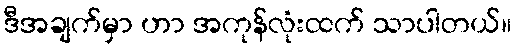
ဒီအချက်မှာ ဟာ အကုန်လုံးထက် သာပါတယ်။